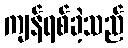
ကျန်ရစ်ခဲ့သည်